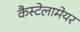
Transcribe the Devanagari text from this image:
कैस्टेलामेयर